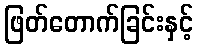
ဖြတ်တောက်ခြင်းနှင့်